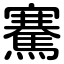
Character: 騫